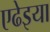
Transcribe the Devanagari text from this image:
एढेइया